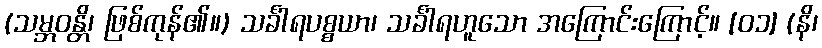
(သမ္ဘဝန္တိ၊ ဖြစ်ကုန်၏။) သင်္ခါရပစ္စယာ၊ သင်္ခါရဟူသော အကြောင်းကြောင့်။ [၀၁] (နိ၊